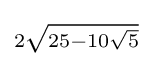
\scriptstyle 2{\sqrt {25-10{\sqrt {5}}}}